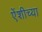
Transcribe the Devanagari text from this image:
एेंशीच्या